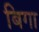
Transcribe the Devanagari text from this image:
बिगा